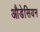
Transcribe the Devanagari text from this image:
औडेसियन